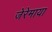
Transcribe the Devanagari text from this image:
जेरेमाया